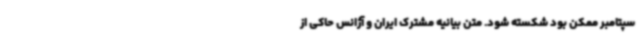
سپتامبر ممکن بود شکسته شود. متن بیانیه مشترک ایران و آژانس حاکی از